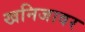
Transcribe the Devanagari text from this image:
खनिजावर